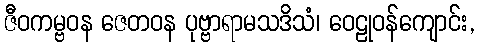
ဇီဝကမ္ဗဝန ဇေတဝန ပုဗ္ဗာရာမသဒိသံ၊ ဝေဠုဝန်ကျောင်း,